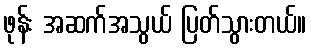
ဖုန်း အဆက်အသွယ် ပြတ်သွားတယ်။